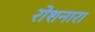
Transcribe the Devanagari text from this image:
रोशनारा